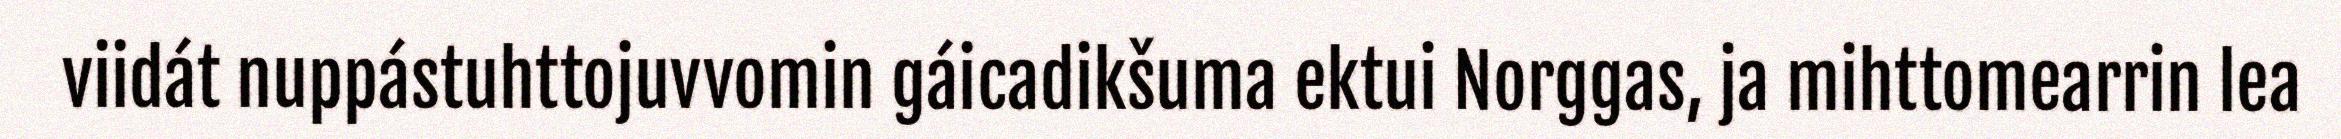
viidát nuppástuhttojuvvomin gáicadikšuma ektui Norggas, ja mihttomearrin lea